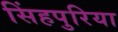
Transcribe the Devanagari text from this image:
सिंहपुरिया